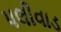
પલીવાડ